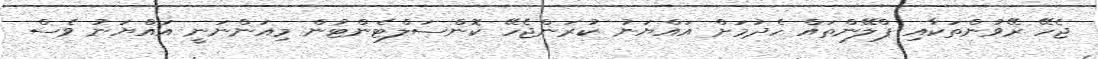
ޖެހޭ ރޭވުންތަކާއި ޕްލޭންތައް ހެދުމަށް އައްޔަނު ކުރަންޖެހޭ ކޮންސަލްޓެންޓުން މިއަންނަނީ އައްޔަނު ވެސް